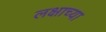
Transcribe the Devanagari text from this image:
लक्षाच्या